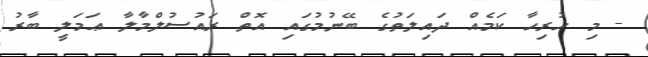
- މި ހުރިހާ ކަމެއް ދައިލަތުގެ ބޭނުމުގައި އޮތް ރައުސުލްމާލާ ޢަމަލީ ބާރު